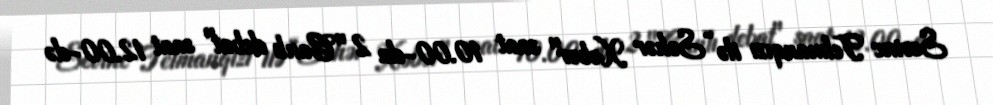
Sevinc Telmanqızı ilə “Səhər Xəbər" saat 10.00-da 2 "Canlı debat" saat 12.00-də